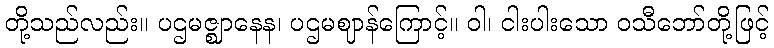
တို့သည်လည်း။ ပဌမဇ္ဈာနေန၊ ပဌမဈာန်ကြောင့်။ ဝါ၊ ငါးပါးသော ဝသီဘော်တို့ဖြင့်